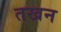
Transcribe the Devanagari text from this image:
तखन